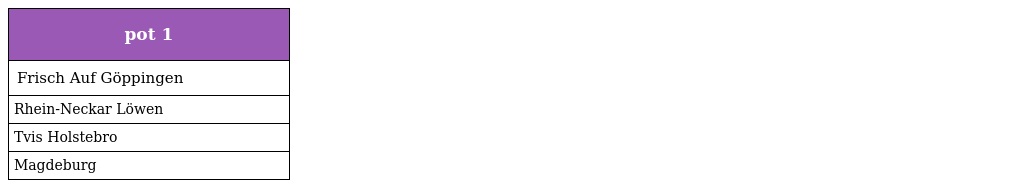
| pot 1 |
 | --- |
 | Frisch Auf Göppingen |
 | Rhein-Neckar Löwen |
 | Tvis Holstebro |
 | Magdeburg |